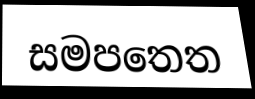
සමපතෙත